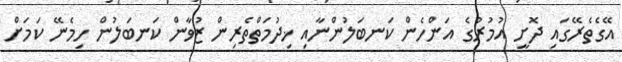
އޭގެތެރޭގައި ދޮށީ އުމުރުގެ އަންހެން ކަނބަލުންނާއި ޚިދުމަތްތެރިން ޒުވާން ކަނބަލުން ހިމެނޭ ކަމަށް